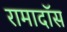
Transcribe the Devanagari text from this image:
रामादॉस